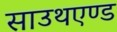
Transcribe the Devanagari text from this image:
साउथएण्ड